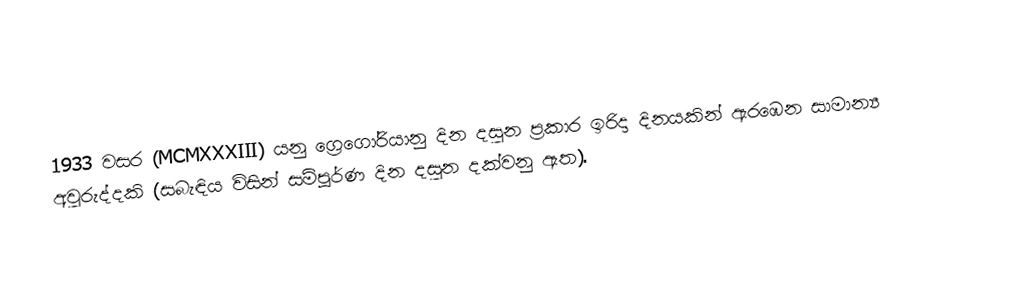

1933 වසර (MCMXXXIII) යනු ග්‍රෙගෝරියානු දින දසුන ප්‍රකාර ඉරිදා දිනයකින් ඇරඹෙන සාමාන්‍ය අවුරුද්දකි (සබැඳිය විසින් සම්පූර්ණ දින දසුන දක්වනු ඇත).